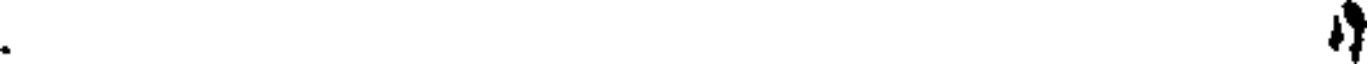
.